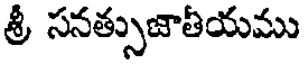
శ్రీ సనత్సుజాతీయము